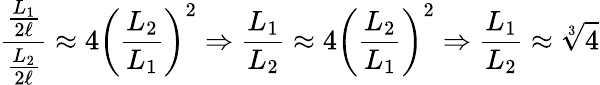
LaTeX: {\frac{\frac{L_{1}}{2\ell}}{\frac{L_{2}}{2\ell}}}\approx 4{\left({\frac{L_{2}}{L_{1}}}\right)}^{2}\Rightarrow{\frac{L_{1}}{L_{2}}}\approx 4{\left({\frac{L_{2}}{L_{1}}}\right)}^{2}\Rightarrow{\frac{L_{1}}{L_{2}}}\approx{\sqrt[{3}]{4}}